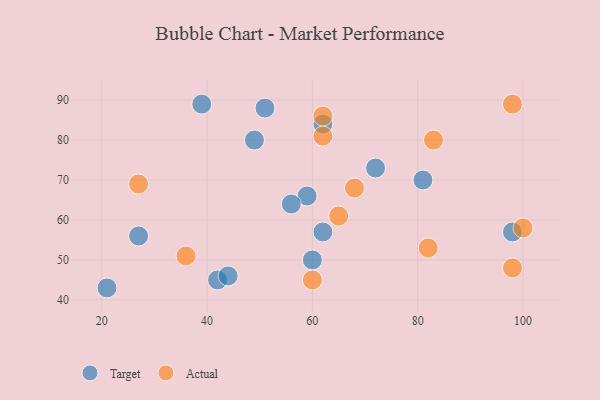
{"axis": {"x": "GDP", "y": "Life Expectancy"}, "legend": ["Actual", "Target"], "data": [{"x": "72", "y": 73, "type": "Target"}, {"x": "51", "y": 88, "type": "Target"}, {"x": "49", "y": 80, "type": "Target"}, {"x": "62", "y": 57, "type": "Target"}, {"x": "60", "y": 50, "type": "Target"}, {"x": "62", "y": 84, "type": "Target"}, {"x": "42", "y": 45, "type": "Target"}, {"x": "59", "y": 66, "type": "Target"}, {"x": "21", "y": 43, "type": "Target"}, {"x": "56", "y": 64, "type": "Target"}, {"x": "81", "y": 70, "type": "Target"}, {"x": "98", "y": 57, "type": "Target"}, {"x": "27", "y": 56, "type": "Target"}, {"x": "44", "y": 46, "type": "Target"}, {"x": "39", "y": 89, "type": "Target"}, {"x": "65", "y": 61, "type": "Actual"}, {"x": "62", "y": 81, "type": "Actual"}, {"x": "98", "y": 89, "type": "Actual"}, {"x": "36", "y": 51, "type": "Actual"}, {"x": "98", "y": 48, "type": "Actual"}, {"x": "82", "y": 53, "type": "Actual"}, {"x": "83", "y": 80, "type": "Actual"}, {"x": "100", "y": 58, "type": "Actual"}, {"x": "68", "y": 68, "type": "Actual"}, {"x": "60", "y": 45, "type": "Actual"}, {"x": "27", "y": 69, "type": "Actual"}, {"x": "62", "y": 86, "type": "Actual"}]}